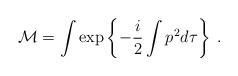
LaTeX: \begin{align*}{\cal M}=\int\exp\left\{-\frac{i}{2}\int p^{2}d\tau\right\} \; .\end{align*}